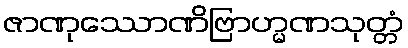
ဇာဏုဿောဏိဗြာဟ္မဏသုတ္တံ